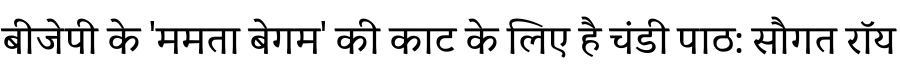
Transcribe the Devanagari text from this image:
बीजेपी के 'ममता बेगम' की काट के लिए है चंडी पाठ: सौगत रॉय